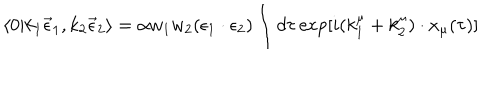
\langle 0 | k _ { 1 } \vec { \epsilon } _ { 1 } , k _ { 2 } \vec { \epsilon } _ { 2 } \rangle = \alpha w _ { 1 } w _ { 2 } ( \epsilon _ { 1 } \cdot \epsilon _ { 2 } ) \int d \tau \exp [ i ( k _ { 1 } ^ { \mu } + k _ { 2 } ^ { \mu } ) \cdot x _ { \mu } ( \tau ) ]